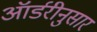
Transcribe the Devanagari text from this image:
ऑर्डरीनुसार